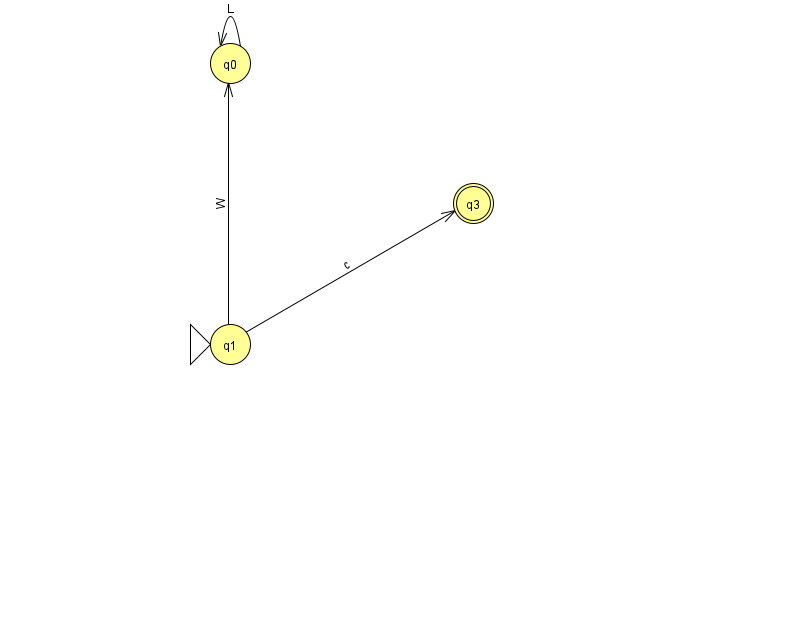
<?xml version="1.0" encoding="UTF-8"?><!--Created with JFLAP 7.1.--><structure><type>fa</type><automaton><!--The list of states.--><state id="0" name="q0"><x>230.0</x><y>50.0</y></state><state id="1" name="q1"><x>230.0</x><y>331.0</y><initial/></state><state id="3" name="q3"><x>473.0</x><y>190.0</y><final/></state><!--The list of transitions.--><transition><from>1</from><to>0</to><read>W</read></transition><transition><from>0</from><to>0</to><read>L</read></transition><transition><from>1</from><to>3</to><read>c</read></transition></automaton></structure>